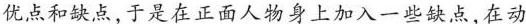
优点和缺点,于是在正面人物身上加入一些缺点,在动